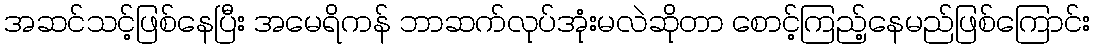
အဆင်သင့်ဖြစ်နေပြီး အမေရိကန် ဘာဆက်လုပ်အုံးမလဲဆိုတာ စောင့်ကြည့်နေမည်ဖြစ်ကြောင်း